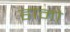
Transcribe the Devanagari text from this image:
हानो